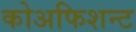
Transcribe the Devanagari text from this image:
कोअफिशन्ट